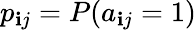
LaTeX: p_{\mathbf{i}j}=P(a_{\mathbf{i}j}=1)